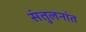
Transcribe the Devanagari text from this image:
संतुलनांत